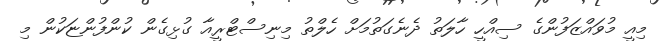
މިއީ މުވައްޒަފުންގެ ސިއްހީ ހާލަތު ދެނެގަތުމަށް ހެލްތު މިނިސްޓްރީއާ ގުޅިގެން ކުންފުންޏަކުން މި